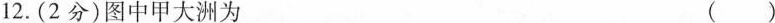
12.(2分)图中甲大洲为 ( )